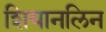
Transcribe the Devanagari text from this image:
शियानलिन